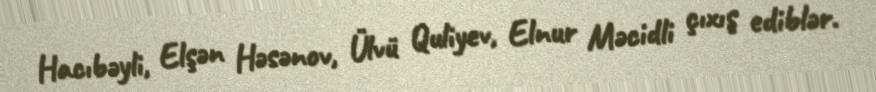
Hacıbəyli, Elşən Həsənov, Ülvü Quliyev, Elnur Məcidli çıxış ediblər.